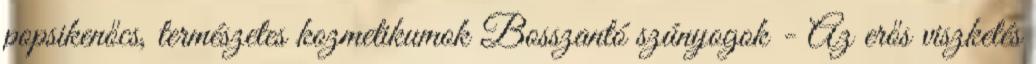
popsikenőcs, természetes kozmetikumok Bosszantó szúnyogok - Az erős viszketés